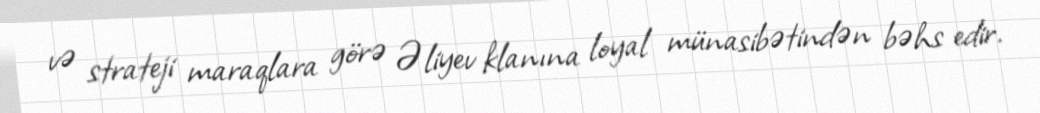
və strateji maraqlara görə Əliyev klanına loyal münasibətindən bəhs edir.